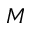
M